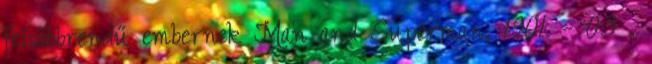
felsőbbrendű embernek Man and Superman, 1901 – 03 ,